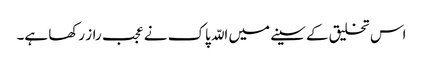
اس تخلیق کے سینے میں اللّہ پاک نے عجب راز رکھا ہے۔